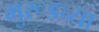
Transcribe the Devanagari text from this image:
मुरूडच्या